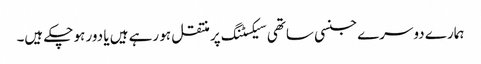
ہمارے دوسرے جنسی ساتھی سیکسٹنگ پر منتقل ہو رہے ہیں یا دور ہو چکے ہیں۔